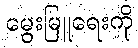
မွေးမြူရေးကို